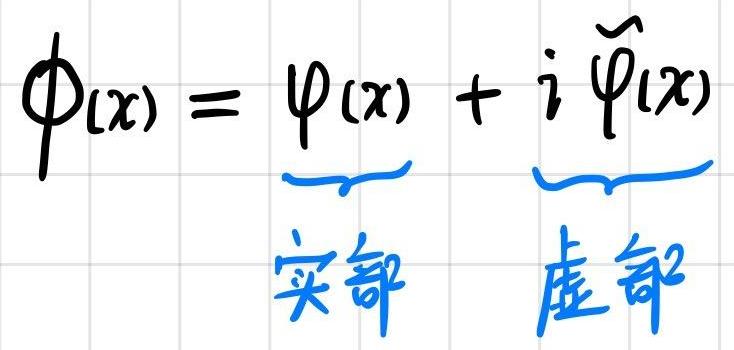
\[
\phi(x)=\underbrace{\varphi(x)}+i\underbrace{\tilde{\varphi}(x)}
\]实部虚部